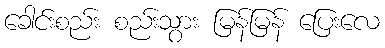
ခေါင်းစည်း စည်းသွား မြန်မြန် ပြေးလေ